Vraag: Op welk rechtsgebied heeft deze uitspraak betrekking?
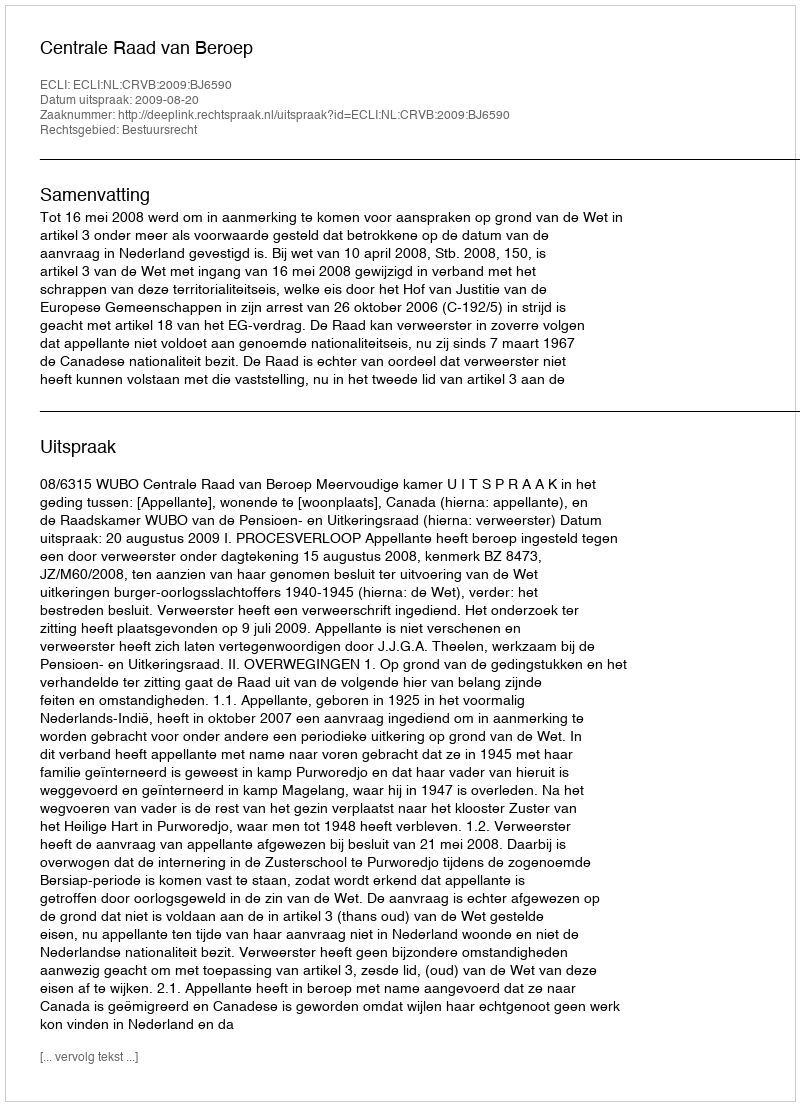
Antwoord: Bestuursrecht